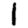
Digit: 1